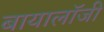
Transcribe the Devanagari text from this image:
बायालॉजी